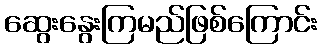
ဆွေးနွေးကြမည်ဖြစ်ကြောင်း